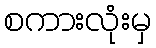
စကားလုံးမှ